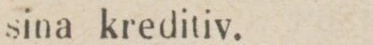
sina kreditiv.